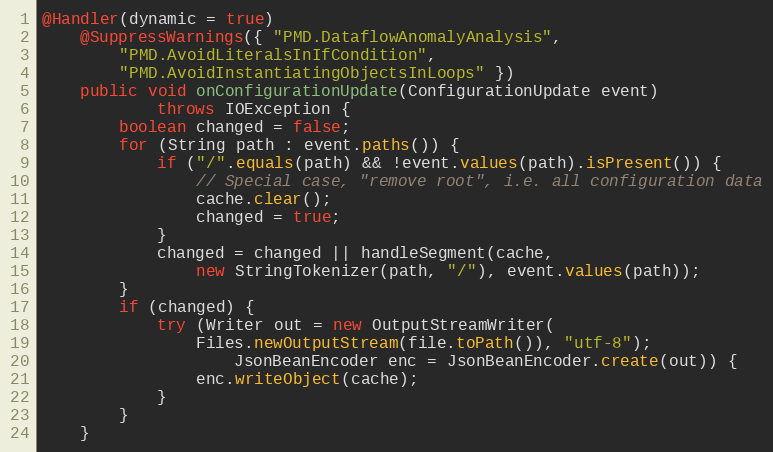
Language: Java
@Handler(dynamic = true)
    @SuppressWarnings({ "PMD.DataflowAnomalyAnalysis",
        "PMD.AvoidLiteralsInIfCondition",
        "PMD.AvoidInstantiatingObjectsInLoops" })
    public void onConfigurationUpdate(ConfigurationUpdate event)
            throws IOException {
        boolean changed = false;
        for (String path : event.paths()) {
            if ("/".equals(path) && !event.values(path).isPresent()) {
                // Special case, "remove root", i.e. all configuration data
                cache.clear();
                changed = true;
            }
            changed = changed || handleSegment(cache,
                new StringTokenizer(path, "/"), event.values(path));
        }
        if (changed) {
            try (Writer out = new OutputStreamWriter(
                Files.newOutputStream(file.toPath()), "utf-8");
                    JsonBeanEncoder enc = JsonBeanEncoder.create(out)) {
                enc.writeObject(cache);
            }
        }
    }